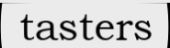
tasters